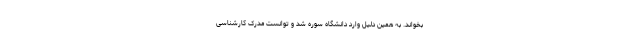
بخواند. به همین دلیل وارد دانشگاه سوره شد و توانست مدرک کارشناسی